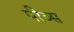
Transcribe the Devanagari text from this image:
पीव्स